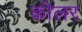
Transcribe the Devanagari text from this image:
कीलर